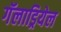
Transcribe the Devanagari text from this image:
गॅलाड्रियेल